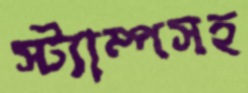
স্ট্যাম্পসহ